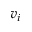
v _ { i }